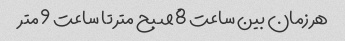
هر زمان بین ساعت 8 صبح متر تا ساعت 9 متر